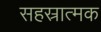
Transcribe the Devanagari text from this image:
सहस्रात्मक